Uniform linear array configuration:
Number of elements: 64
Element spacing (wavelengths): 1
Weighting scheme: binomial
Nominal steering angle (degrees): -45
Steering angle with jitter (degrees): -44.258
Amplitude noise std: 0.05
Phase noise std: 0.05

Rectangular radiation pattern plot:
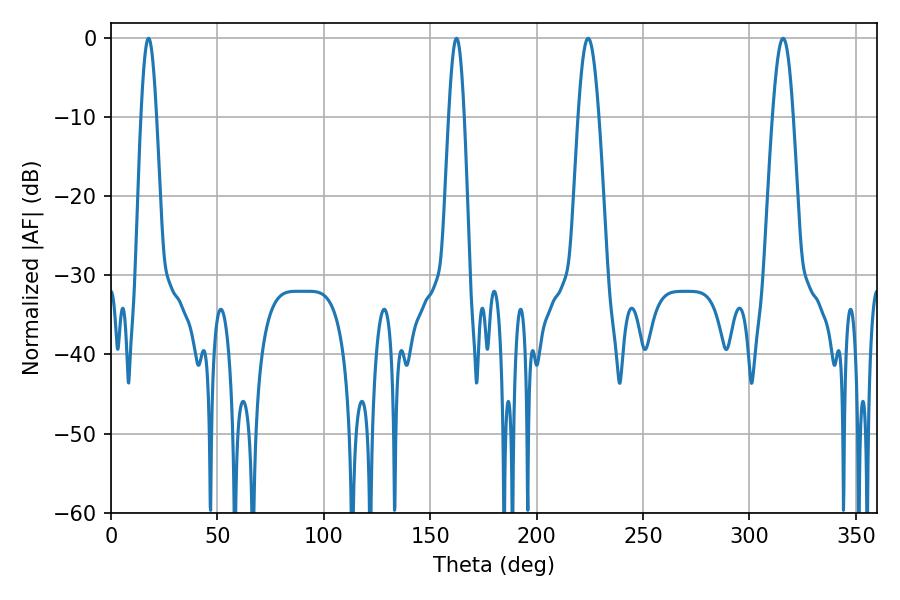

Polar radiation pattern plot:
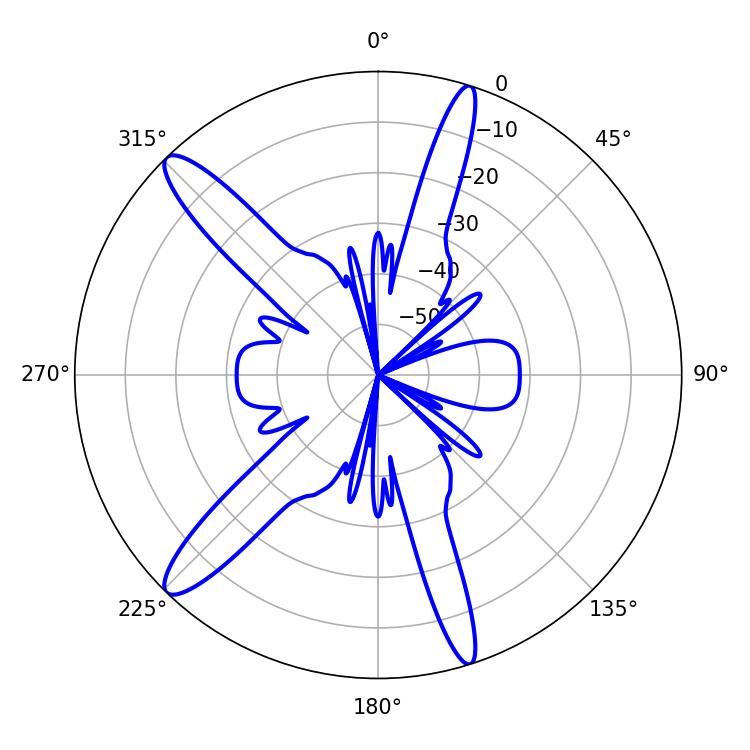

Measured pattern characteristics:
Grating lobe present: TRUE
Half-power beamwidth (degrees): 3.96
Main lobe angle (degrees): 17.64